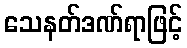
သေနတ်ဒဏ်ရာဖြင့်